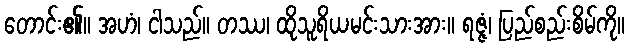
တောင်း၏။ အဟံ၊ ငါသည်။ တဿ၊ ထိုသူရိယမင်းသားအား။ ရဇ္ဇံ၊ ပြည်စည်းစိမ်ကို။